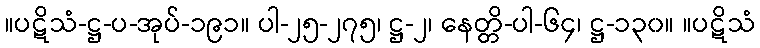
။ပဋိသံ-ဋ္ဌ-ပ-အုပ်-၁၉၁။ ပါ-၂၅-၂၇၅၊ ဋ္ဌ-၂၊ နေတ္တိ-ပါ-၆၄၊ ဋ္ဌ-၁၃၀။ ။ပဋိသံ